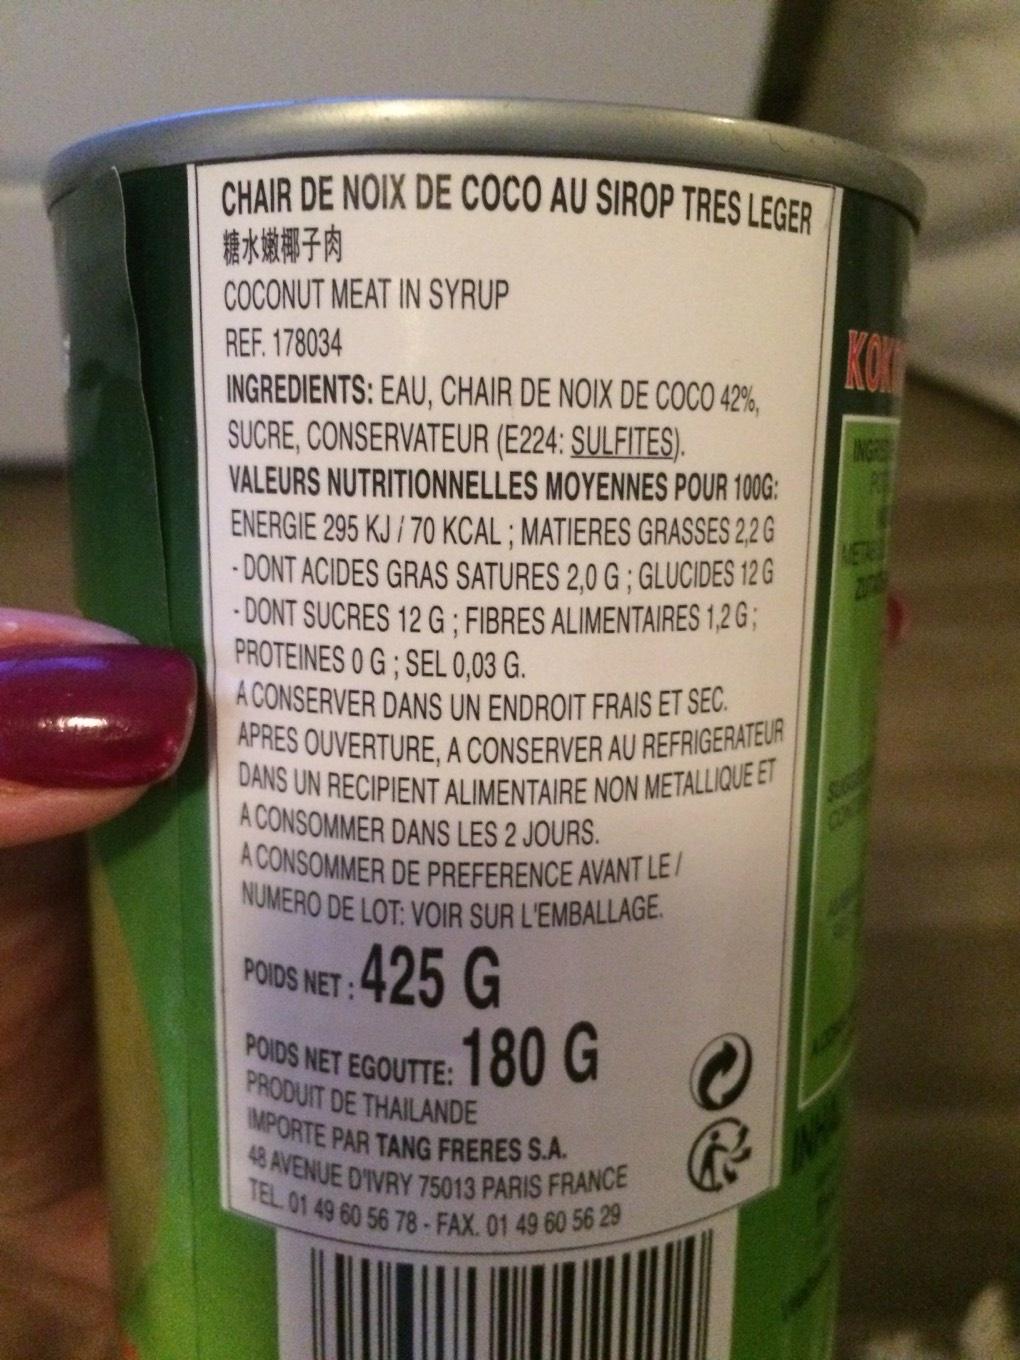
CHAIR DE NOIX DE COCO AU SIROP TRES LEGER
糖水嫩椰子肉
COCONUT MEAT IN SYRUP
REF. 178034
INGREDIENTS: EAU, CHAIR DE NOIX DE COCO 42%,
SUCRE, CONSERVATEUR (E224: SULFITES).
VALEURS NUTRITIONNELLES MOYENNES POUR 100G: ENERGIE 295 KJ/70 KCAL; MATIERES GRASSES 2,2 G DONT ACIDES GRAS SATURES 2,0 G; GLUCIDES 12 G -DONT SUCRES 12 G; FIBRES ALIMENTAIRES 1,2G; PROTEINES 0 G; SEL 0,03 G.
A CONSERVER DANS UN ENDROIT FRAIS ET SEC. APRES OUVERTURE, A CONSERVER AU REFRIGERATEUR DANS UN RECIPIENT ALIMENTAIRE NON METALLIQUE ET A CONSOMMER DANS LES 2 JOURS. A CONSOMMER DE PREFERENCE AVANT LE/ NUMERO DE LOT: VOIR SUR L'EMBALLAGE
POIDS NET :425 G
180 G
POIDS NET EGOUTTE:
PRODUIT DE
THAILANDE
IMPORTE PAR TANG FRERES S.A. 48 AVENUE D'IVRY 75013 PARIS FRANCE TEL. 01 49 60 56 78 - FAX. 01 49 60 56 29
C Ⓡ
KON
INGRES
SAP